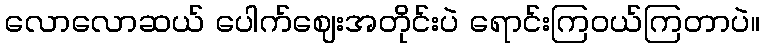
လောလောဆယ် ပေါက်ဈေးအတိုင်းပဲ ရောင်းကြဝယ်ကြတာပဲ။